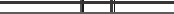
٥٤